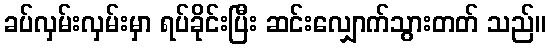
ခပ်လှမ်းလှမ်းမှာ ရပ်ခိုင်းပြီး ဆင်းလျှောက်သွားတတ် သည်။